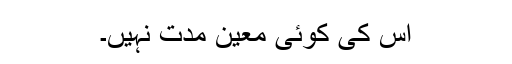
اس کی کوئی معین مدت نہیں۔